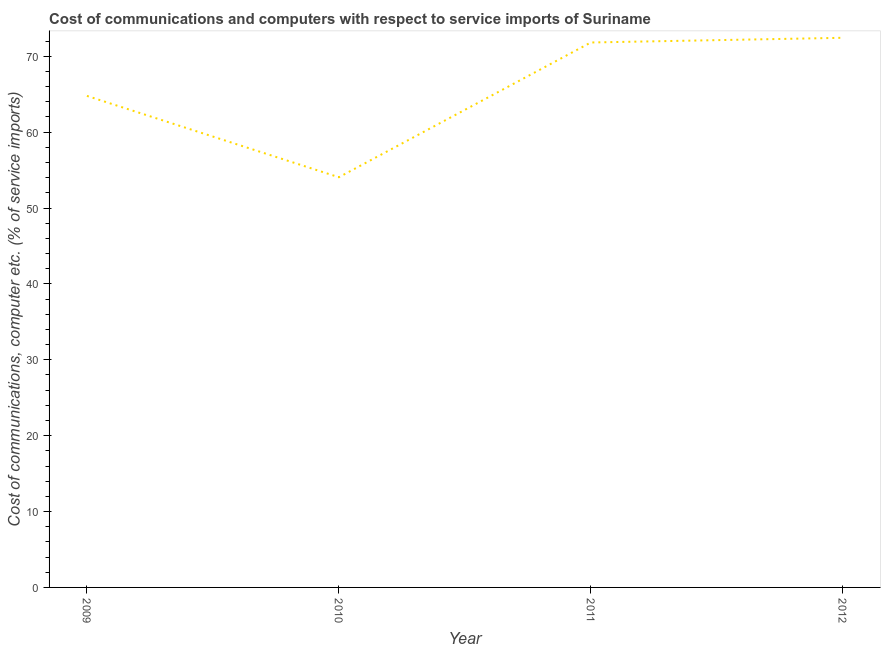
| Year | Communications |
 | --- | --- |
 | 2009 | 64.8 |
 | 2010 | 54.1 |
 | 2011 | 71.8 |
 | 2012 | 72.4 |